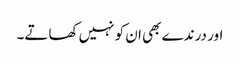
اور درندے بھی ان کو نہیں کھاتے۔